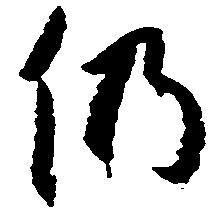
仍